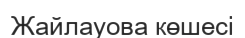
Жайлауова көшесі